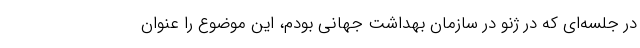
در جلسه‌ای که در ژنو در سازمان بهداشت جهانی بودم، این موضوع را عنوان